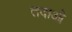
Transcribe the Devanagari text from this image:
तदाओ